Annual report on the mental hospital in the Central Provinces and Berar (Nagpur) - 1927-1951
Year: 1927
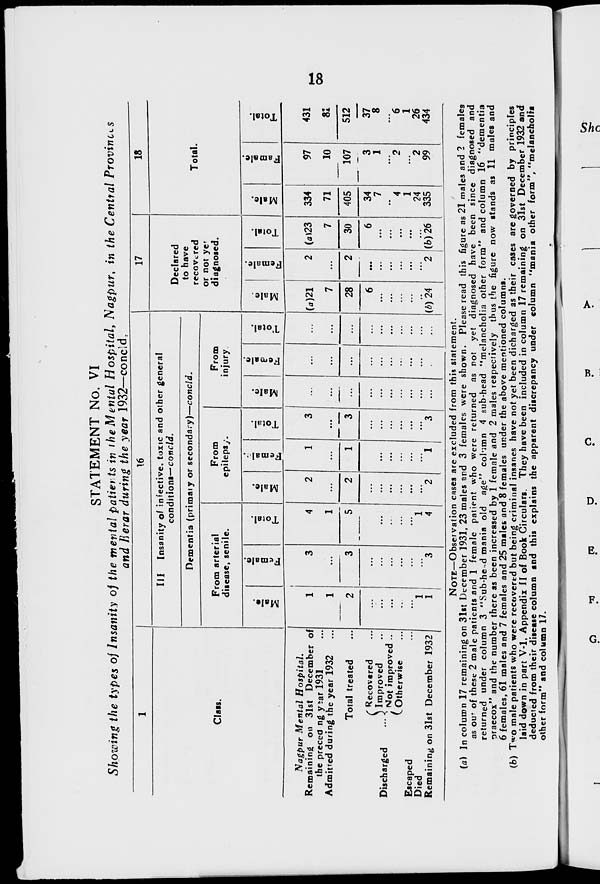
18
STATEMENT No. VI
Showing the types of Insanity of the mental patients in the Mental Hospital, Nagpur, in the Central Provinces
and Berar during the year 1932—concld.
1
Class.
Nagpur Mental Hospital.
Remaining on 31st December of
the preceding year 1931 ...
Admitted during the year 1932 ...
Total treated ...
Discharged ...
Recovered ...
Improved ...
Not improved ...
Otherwise ...
Escaped ...
Died ...
Remaining on 31st December 1932
16
III
Insanity of infective, toxic and other general
conditions— concld.
Dementia (primary or secondary)—concld.
From arterial
disease, senile.
Male.
1
1
2
...
...
...
...
...
1
1
Female.
3
...
3
...
...
...
...
...
...
3
Total.
4
1
5
...
...
..
...
...
1
4
From
epilepsy.
Male.
2
...
2
...
...
...
...
...
...
2
Female.
1
...
1
...
...
...
...
...
...
1
Total.
3
...
3
...
...
...
...
...
...
3
From
injury.
Male.
...
...
...
...
...
...
...
...
...
...
Female.
...
...
...
...
...
...
...
...
...
...
Total.
...
...
...
...
...
...
...
...
...
...
17
Declared
to have
recovered
or not yet
diagnosed.
Male.
(a)21
7
28
6
...
...
...
...
...
(b)24
Female.
2
...
2
...
...
...
...
...
...
2
Total.
(a) 23
7
30
6
...
...
...
...
...
(b)26
18
Total.
Male.
334
71
405
34
7
...
4
1
24
335
Famale.
97
10
107
3
1
...
2
...
2
99
Total.
431
81
512
37
8
...
6
1
26
434
NOTE—Observation cases are excluded from this statement.
(a) In column 17 remaining on 31st December 1931, 23 males and 3 females were shown. Please read this figure as 21 males and 2 females
as out of these 2 male patients and 1 female patient who were returned as not yet diagnosed have been since diagnosed and
returned under column 3 "Sub-head mania old age" column 4 sub-head "melancholia other form" and column 16 "dementia
praecox" and the number there as been increased by 1 female and 2 males respectively thus the figure now stands as 11 males and
6 females, 61 males and 7 females and 25 males and 8 females under the above mentioned columns.
(b) Two male patients who were recovered but being criminal insanes have not yet been dicharged as their cases are governed by principles
laid down in part V-1, Appendix II of Book Circulars. They have been included in column 17 remaining on 31st December 1932 and
deducted from their disease column and this explains the apparent discrepancy under column "mania other form", "melancholia
other form" and column 17.